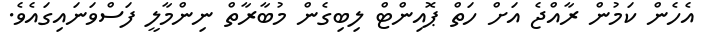
އެހެން ކަމުން ރާއްޖެ އަށް ހަތް ޕޮއިންޓް ލިބިގެން މުބާރާތް ނިންމާލީ ފަސްވަނައިގައެވެ.